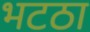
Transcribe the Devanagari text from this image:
भटठा